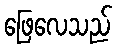
ဖြေလေသည်